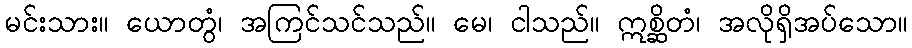
မင်းသား။ ယောတွံ၊ အကြင်သင်သည်။ မေ၊ ငါသည်။ ဣစ္ဆိတံ၊ အလိုရှိအပ်သော။